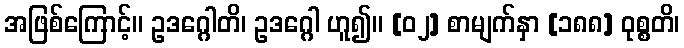
အဖြစ်ကြောင့်။ ဥဒဂ္ဂေါတိ၊ ဥဒဂ္ဂေါ ဟူ၍။ [၀၂] စာမျက်နှာ [၁၈၈] ဝုစ္စတိ၊